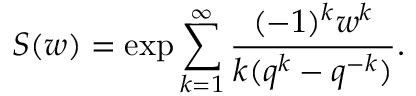
S ( w ) = \exp \sum _ { k = 1 } ^ { \infty } \frac { ( - 1 ) ^ { k } w ^ { k } } { k ( q ^ { k } - q ^ { - k } ) } .